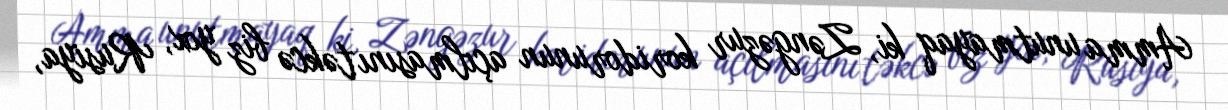
Amma unutmayaq ki, Zəngəzur koridorunun açılmasını təkcə biz yox, Rusiya,